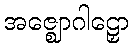
အဇ္ဈောဂါဠှော